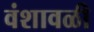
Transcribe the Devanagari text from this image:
वंशावळी